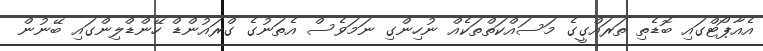
އެއާޕޯޓްގައި ބޮޑެތި ތަރައްގީގެ މަސައްކަތްތަކެއް ނުހިންގި ނަމަވެސް އެތަނުގެ ގްރައުންޑް ހޭންޑްލިންގައި ބޭނުން